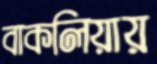
বাকলিয়ায়